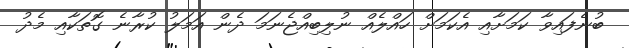
ބުނެފައިވާ ކަމަށާއި އެކަމަށް ހައްލެއް ނުލިބިއްޖެނަމަ ދެން އަމަލު ކުރާނެ ގޮތަކާއި މެދު